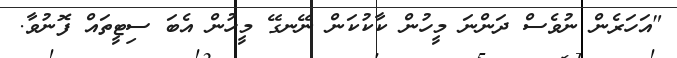
"އަހަރެން ނުވެސް ދަންނަ މީހުން ކާކުކަން ނޭނގޭ މީހުން އެބަ ސިޓީތައް ފޮނުވާ.